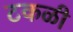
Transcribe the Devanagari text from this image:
टकळी